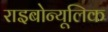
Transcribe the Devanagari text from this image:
राइबोन्यूलिक